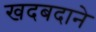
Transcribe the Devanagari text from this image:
खदबदाने